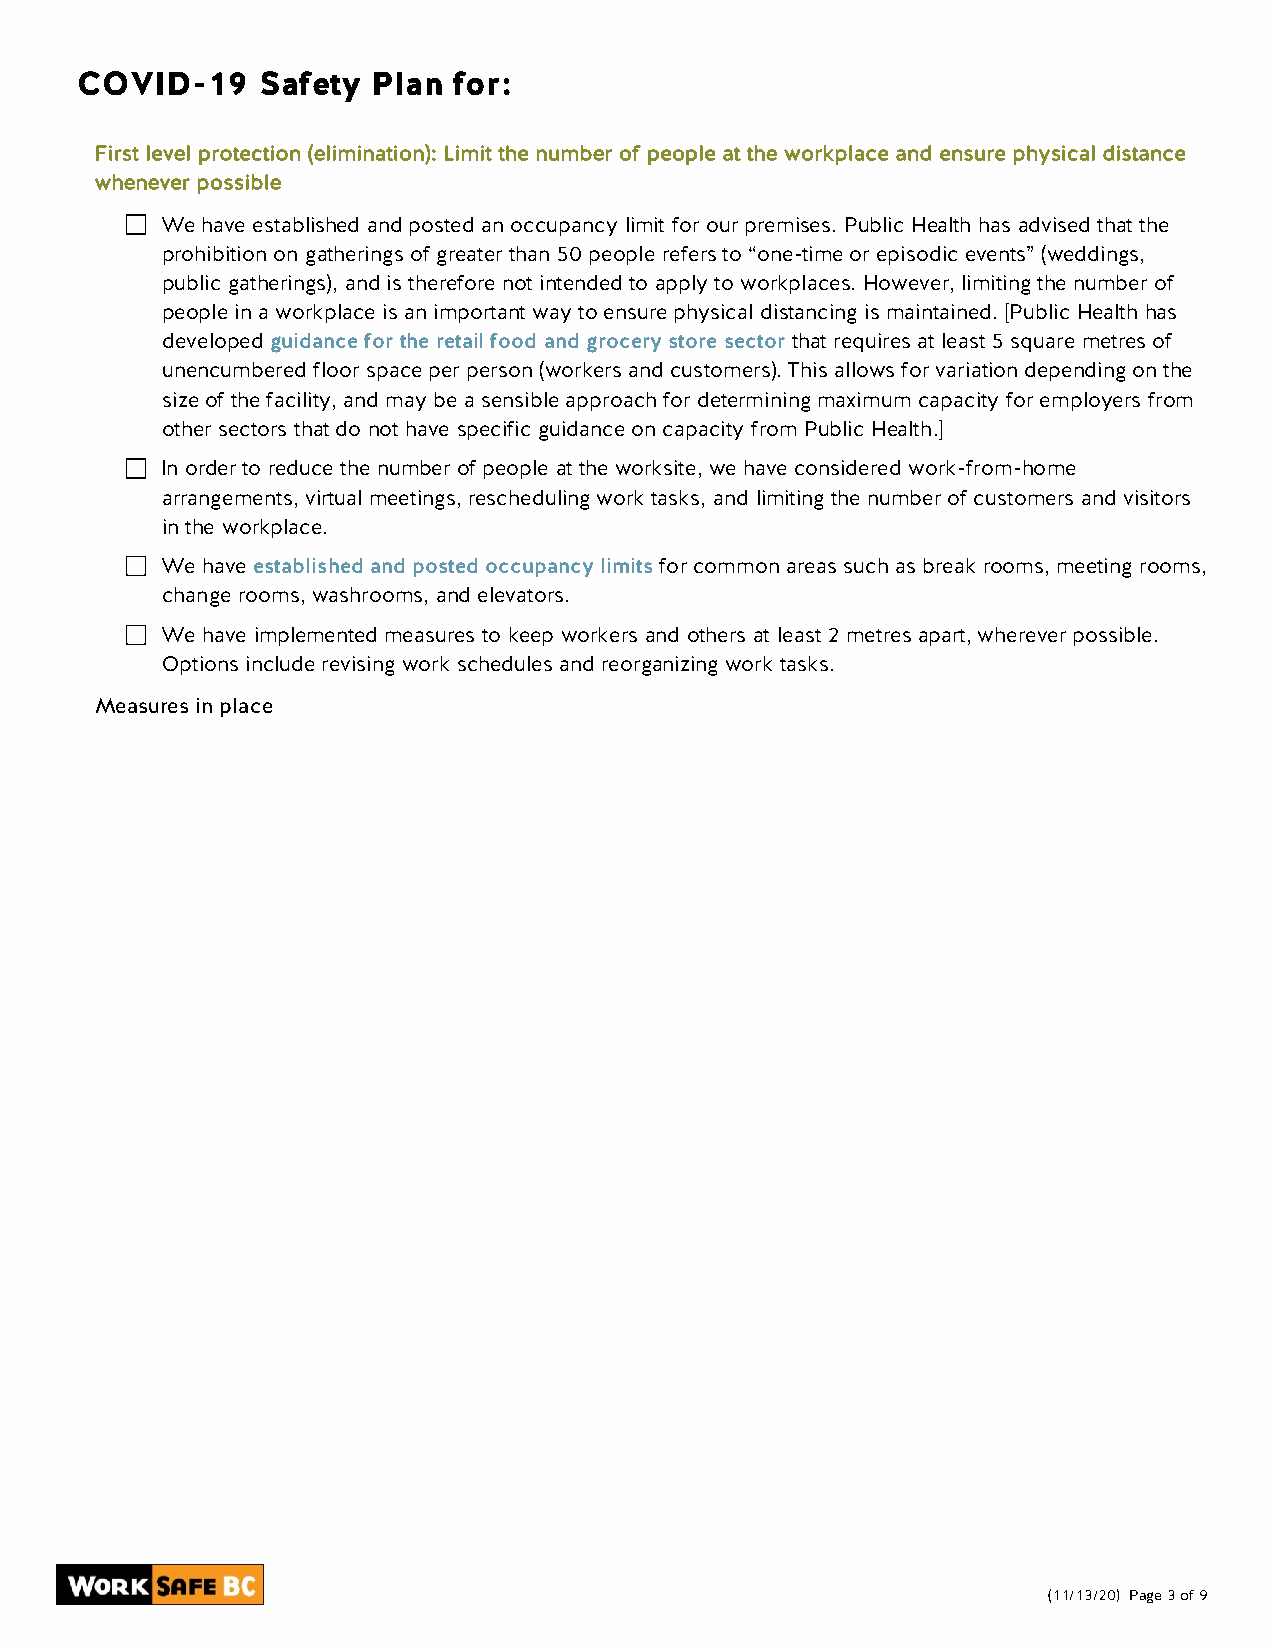
COVID-19    Safety  Plan for:
 First level protection (elimination): Limit the number of people at the workplace and ensure physical distance
 whenever possible
 We have established and posted an occupancy limit for our premises. Public Health has advised that the
 prohibition on gatherings of greater than 50 people refers to “one-time or episodic events” (weddings,
 public gatherings), and is therefore not intended to apply to workplaces. However, limiting the number of
 people in a workplace is an important way to ensure physical distancing is maintained. [Public Health has
 developed guidance for the retail food and grocery store sector that requires at least 5 square metres of
 unencumbered floor space per person (workers and customers). This allows for variation depending on the
 size of the facility, and may be a sensible approach for determining maximum capacity for employers from
 other sectors that do not have specific guidance on capacity from Public Health.]
 In order to reduce the number of people at the worksite, we have considered work-from-home
 arrangements, virtual meetings, rescheduling work tasks, and limiting the number of customers and visitors
 in the workplace.
 We have established and posted occupancy limits for common areas such as break rooms, meeting rooms,
 change rooms, washrooms, and elevators.
 We have implemented measures to keep workers and others at least 2 metres apart, wherever possible.
 Options include revising work schedules and reorganizing work tasks.
 Measures in place
 (11/13/20) Page 3 of 9